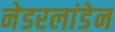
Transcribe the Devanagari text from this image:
नेडरलांडेन